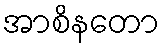
အာစိနတော